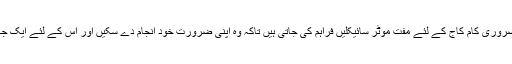
حکومت کی جانب سے معذور افراد کو روزانہ کے ضروری کام کاج کے لئے مفت موٹر سائیکلیں فراہم کی جاتی ہیں تاکہ وہ اپنی ضرورت خود انجام دے سکیں اور اس کے لئے ایک جگہ سے دوسری جگہ پہنچنا ان کے لئے آسان ہوجائے۔